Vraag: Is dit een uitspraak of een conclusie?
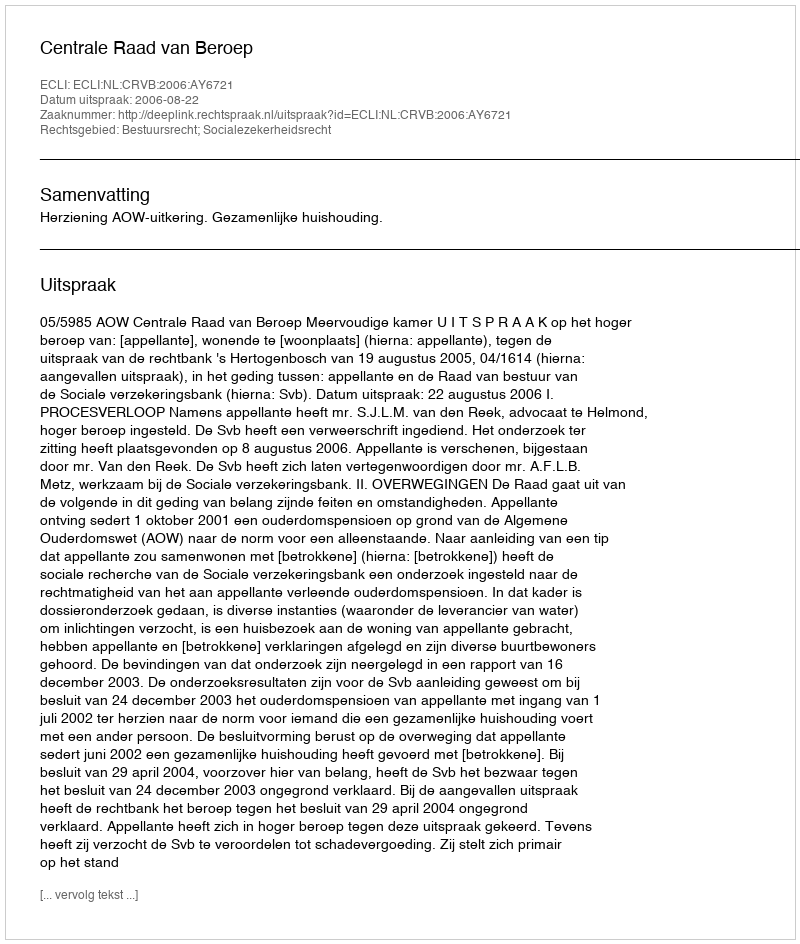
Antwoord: Uitspraak